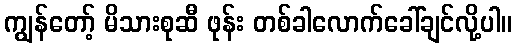
ကျွန်တော့် မိသားစုဆီ ဖုန်း တစ်ခါလောက်ခေါ်ချင်လို့ပါ။